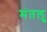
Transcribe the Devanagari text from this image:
मंतलु